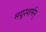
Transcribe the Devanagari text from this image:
मयूरशर्मन्